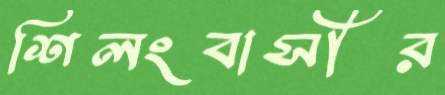
শিলংবাসীর